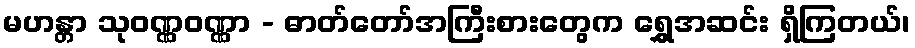
မဟန္တာ သုဝဏ္ဏဝဏ္ဏာ - ဓာတ်တော်အကြီးစားတွေက ရွှေအဆင်း ရှိကြတယ်၊